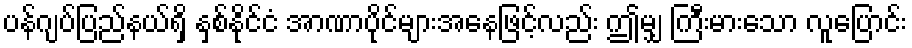
ပန်ဂျပ်ပြည်နယ်ရှိ နှစ်နိုင်ငံ အာဏာပိုင်များအနေဖြင့်လည်း ဤမျှ ကြီးမားသော လူပြောင်း